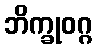
ဘိက္ခုဝဂ္ဂ